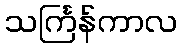
သင်္ကြန်ကာလ